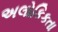
અલોકિકતા